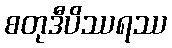
စတုဒီပိဿရဿ